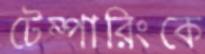
টেম্পারিংকে